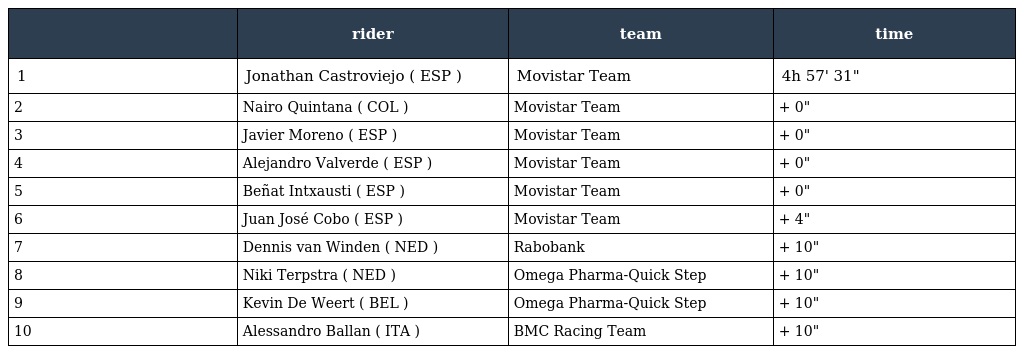
|  | rider | team | time |
 | --- | --- | --- | --- |
 | 1 | Jonathan Castroviejo ( ESP ) | Movistar Team | 4h 57' 31" |
 | 2 | Nairo Quintana ( COL ) | Movistar Team | + 0" |
 | 3 | Javier Moreno ( ESP ) | Movistar Team | + 0" |
 | 4 | Alejandro Valverde ( ESP ) | Movistar Team | + 0" |
 | 5 | Beñat Intxausti ( ESP ) | Movistar Team | + 0" |
 | 6 | Juan José Cobo ( ESP ) | Movistar Team | + 4" |
 | 7 | Dennis van Winden ( NED ) | Rabobank | + 10" |
 | 8 | Niki Terpstra ( NED ) | Omega Pharma-Quick Step | + 10" |
 | 9 | Kevin De Weert ( BEL ) | Omega Pharma-Quick Step | + 10" |
 | 10 | Alessandro Ballan ( ITA ) | BMC Racing Team | + 10" |